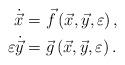
LaTeX: \begin{align*}\begin{aligned}\dot {\vec {x}} & = \vec{f} \left( {\vec{x},\vec{y},\varepsilon} \right), \\\varepsilon \dot {\vec {y}} & = \vec {g}\left( {\vec{x}, \vec{y},\varepsilon }\right).\end{aligned}\end{align*}